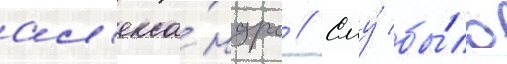
ал'екса́ндра // Ему́ бы́ло